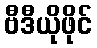
ဗီဒီယိုဖိုင်